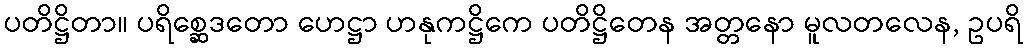
ပတိဋ္ဌိတာ။ ပရိစ္ဆေဒတော ဟေဋ္ဌာ ဟနုကဋ္ဌိကေ ပတိဋ္ဌိတေန အတ္တနော မူလတလေန, ဥပရိ